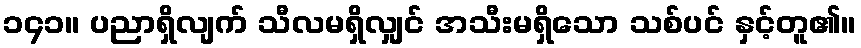
၁၄၁။ ပညာရှိလျက် သီလမရှိလျှင် အသီးမရှိသော သစ်ပင် နှင့်တူ၏။